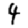
Digit: 4